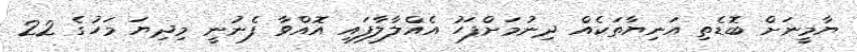
ޔާމީނަށް ބޮޑެތި އަނިޔާތަކެއް ދިނުމަށްފަހު އެއްލާލާފައި އޮއްވާ ފެނުނީ މިދިޔަ މަހުގެ 22